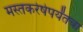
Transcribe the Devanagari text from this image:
मस्तकरेषेपर्यंतचा